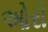
ઓરો